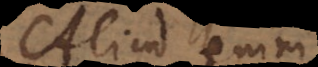
Aliud enim